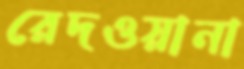
রেদওয়ানা